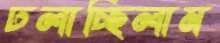
ঢলাচ্ছিলাম